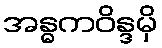
အန္ဓကဝိန္ဒမှိ